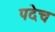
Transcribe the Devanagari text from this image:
पदेच